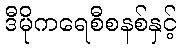
ဒီမိုကရေစီစနစ်နှင့်